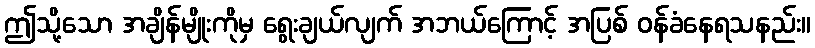
ဤသို့သော အချိန်မျိုးကိုမှ ရွေးချယ်လျက် အဘယ်ကြောင့် အပြစ် ဝန်ခံနေရသနည်း။